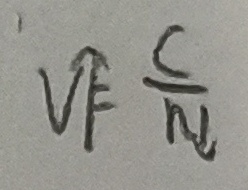
\widehat { V F } \frac { C } { N }